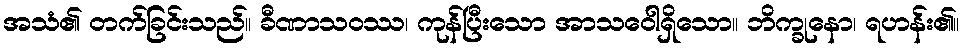
အသံ၏ တက်ခြင်းသည်။ ခီဏာသဝဿ၊ ကုန်ပြီးသော အာသဝေါရှိသော။ ဘိက္ခုနော၊ ရဟန်း၏။